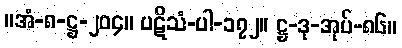
။အံ-၈-ဋ္ဌ-၂၀၄။ ပဋိသံ-ပါ-၁၇၂။ ဋ္ဌ-ဒု-အုပ်-၈၆။